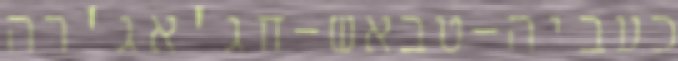
כעביה-טבאש-חג'אג'רה